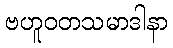
ဗဟူဝတသမာဒါနာ